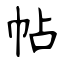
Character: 帖